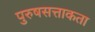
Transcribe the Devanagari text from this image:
पुरुषसत्ताकता